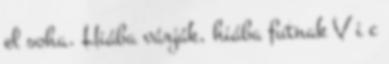
el soha. Hiába várják, hiába futnak V i c